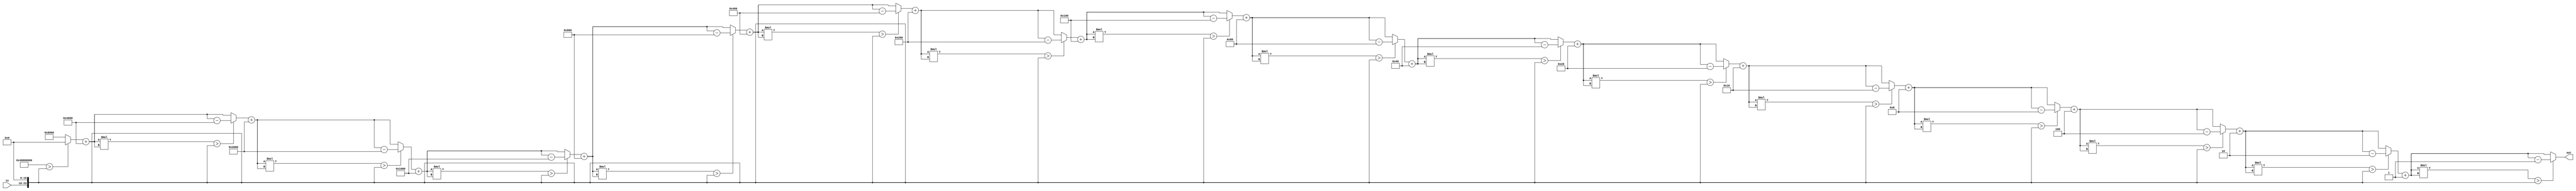
`timescale 1ns / 1ps

module square_root(
	output [15:0] out,
    input  [7:0] in);

	reg[15:0] sqrt; // Folosit pentru calculul radacinii lui in
	reg[15:0] base; // Baza folosita (detalii in README)
	reg[4:0] i; // Indexul pentru for
		
	assign out = sqrt;

	always @(*) begin
		base = 16'h8000;
		sqrt = 16'd0;
		
		// Caclculul radacinii prin metoda CORDIC (explicat in detaliu in README)
		for(i=1; i<=16; i = i+1) begin
			sqrt = sqrt + base;
			if(sqrt*sqrt > {8'd0,in,16'd0}) begin
				sqrt = sqrt-base;
			end
			base = base >> 1;
		end
	end
endmodule